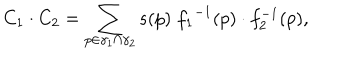
C _ { 1 } \cdot C _ { 2 } = \sum _ { p \in \gamma _ { 1 } \cap \gamma _ { 2 } } s ( p ) \; { f _ { 1 } } ^ { - 1 } ( p ) \cdot f _ { 2 } ^ { - 1 } ( p ) ,